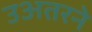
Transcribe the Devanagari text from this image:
उअतरने